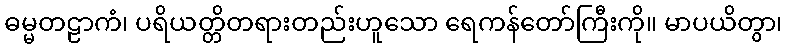
ဓမ္မတဠာကံ၊ ပရိယတ္တိတရားတည်းဟူသော ရေကန်တော်ကြီးကို။ မာပယိတွာ၊